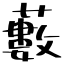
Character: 藪